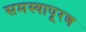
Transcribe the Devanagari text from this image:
समस्यापूरण